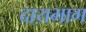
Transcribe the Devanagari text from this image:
दाय़भाग